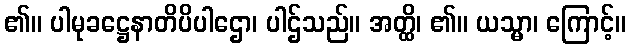
၏။ ပါမုခဋ္ဌေနာတိပိပါဌော၊ ပါဌ်သည်။ အတ္ထိ၊ ၏။ ယသ္မာ၊ ကြောင့်။